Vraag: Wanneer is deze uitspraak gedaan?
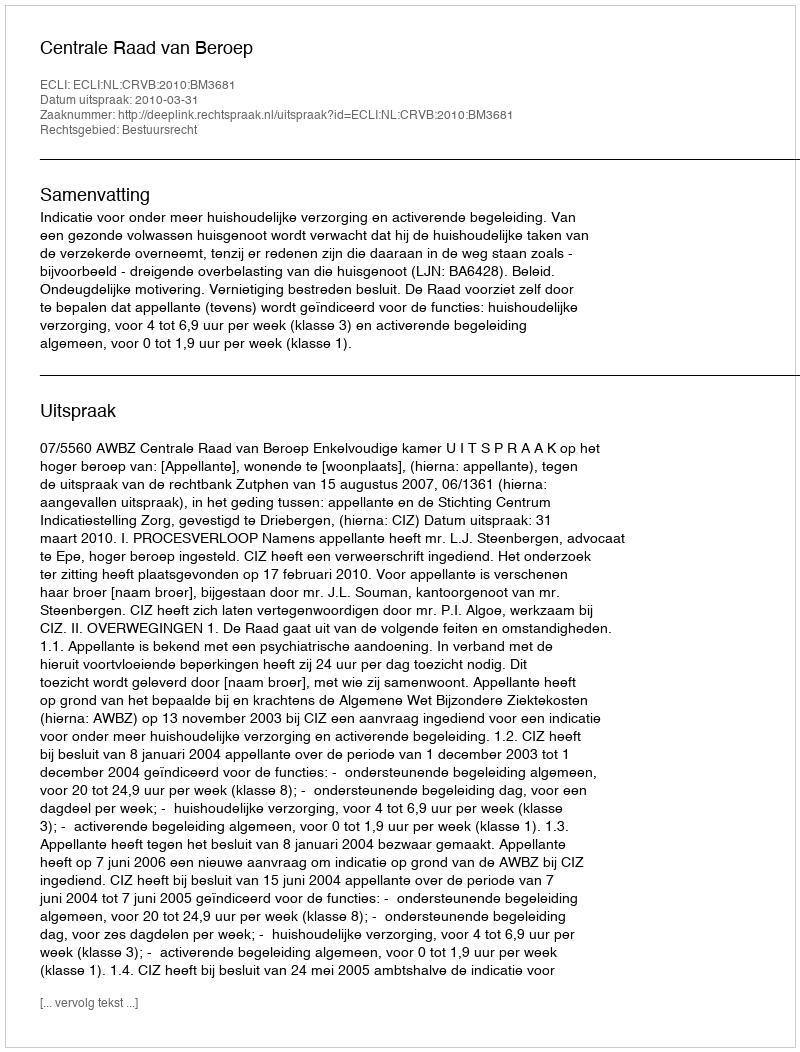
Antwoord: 2010-03-31